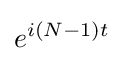
e^{i(N-1)t}